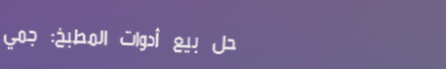
محل بيع أدوات المطبخ: جمي